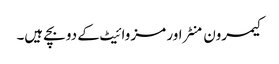
کیمرون منٹراور مز وائیٹ کے دو بچے ہیں۔